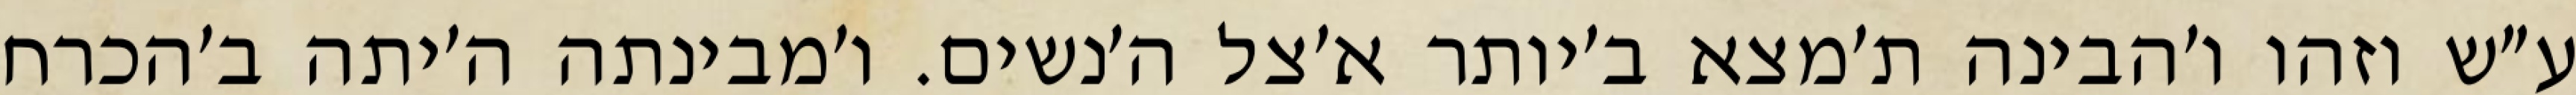
ע״ש וזהו ו׳הבינה ת׳מצא ב׳יותר א׳צל ה׳נשים. ו׳מבינתה ה׳יתה ב׳הכרח